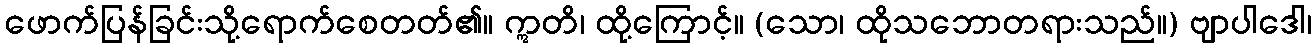
ဖောက်ပြန်ခြင်းသို့ရောက်စေတတ်၏။ ဣတိ၊ ထို့ကြောင့်။ (သော၊ ထိုသဘောတရားသည်။) ဗျာပါဒေါ၊